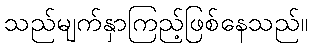
သည်မျက်နှာကြည့်ဖြစ်နေသည်။